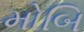
મોબિ